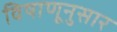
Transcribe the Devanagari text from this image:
विषाणूनुसार